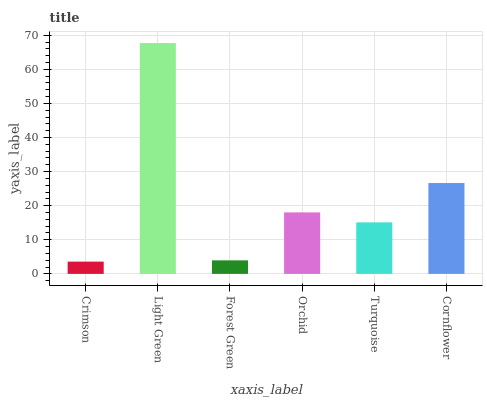
| xaxis_label | bars |
 | --- | --- |
 | Crimson | 3.6 |
 | Light Green | 67.7 |
 | Forest Green | 3.97 |
 | Orchid | 18 |
 | Turquoise | 15.1 |
 | Cornflower | 26.7 |